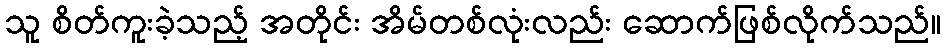
သူ စိတ်ကူးခဲ့သည့် အတိုင်း အိမ်တစ်လုံးလည်း ဆောက်ဖြစ်လိုက်သည်။